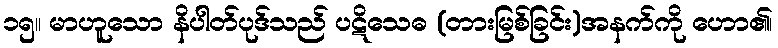
၁၅။ မာဟူသော နိပါတ်ပုဒ်သည် ပဋိသေဓ (တားမြစ်ခြင်း)အနက်ကို ဟော၏၊